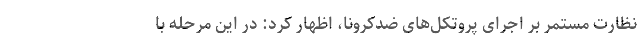
نظارت مستمر بر اجرای پروتکل‌های ضدکرونا، اظهار کرد: در این مرحله با